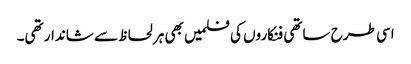
اسی طرح ساتھی فنکاروں کی فلمیں بھی ہر لحاظ سے شاندار تھی۔